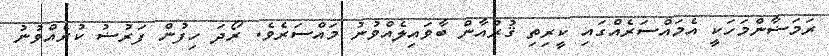
ރަމަޟާންމަހަކީ އެމައްސަރެއްގައި ކީރިތި ޤުރުއާން ބާވައިލެއްވުނު މައްސަރެވެ. ރޯދަ ހިފުން ފަރުޟު ކުރެއްވުނު